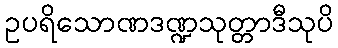
ဥပရိသောဏဒဏ္ဍသုတ္တာဒီသုပိ